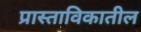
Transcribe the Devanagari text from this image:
प्रास्ताविकातील